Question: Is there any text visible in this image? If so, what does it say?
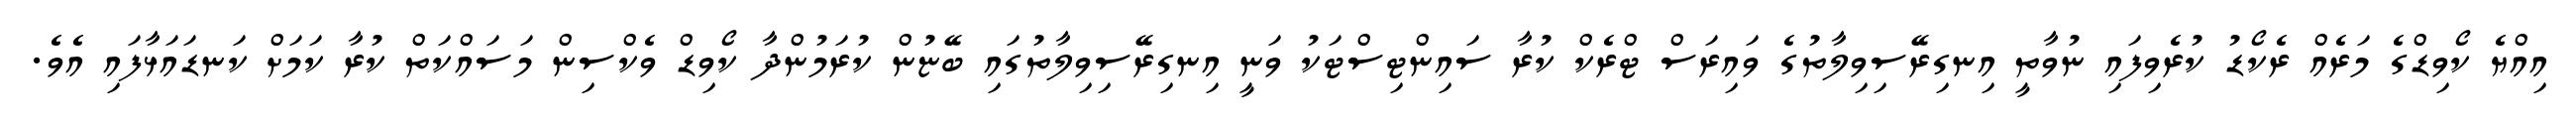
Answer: އިއްޔެ ކޯވިޑްގެ މަރެއް ރެކޯޑު ކުރެވިފައި ނުވާތީ އިނގިރޭސިވިލާތުގެ ވައިރަސް ޓްރެކް ކުރާ ސައިންޓިސްޓަކު ވަނީ އިނގިރޭސިވިލާތުގައި ބޭޏުން ކުރަމުންދާ ކޯވިޑް ވެކްސިން މަސައްކަތް ކުރާ ކަމަށް ކަނޑައަޅާފައި އެވެ.